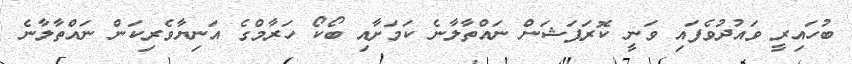
ބުހައިރީ ވައުދުވެފައި ވަނީ ކޮރަޕަޝަން ނައްތާލާނެ ކަމަށާއި ބޯކޯ ހަރާމްގެ އަނިޔާވެރިކަން ނައްތާލާނެ